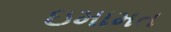
ઇમામત